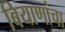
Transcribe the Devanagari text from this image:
बियाणांचा